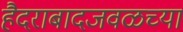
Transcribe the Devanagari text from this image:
हैदराबादजवळच्या